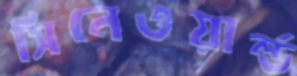
সিনেওয়ার্ল্ড